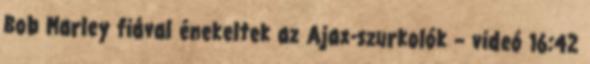
Bob Marley fiával énekeltek az Ajax-szurkolók – videó 16:42